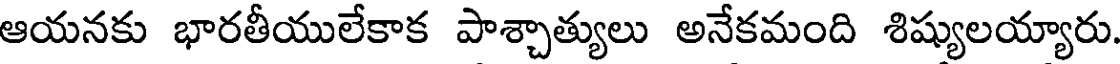
ఆయనకు భారతీయులేకాక పాశ్చాత్యులు అనేకమంది శిష్యులయ్యారు.